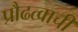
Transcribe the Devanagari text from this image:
प्रौढत्वाची